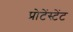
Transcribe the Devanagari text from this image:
प्रोटेंस्टेंट